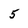
Character: 5